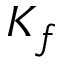
K _ { f }